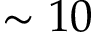
\sim 1 0